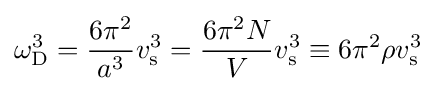
\omega _{\rm {D}}^{3}={\frac {6\pi ^{2}}{a^{3}}}v_{\rm {s}}^{3}={\frac {6\pi ^{2}N}{V}}v_{\rm {s}}^{3}\equiv 6\pi ^{2}\rho v_{\rm {s}}^{3}